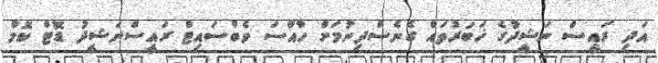
އަދި ރައީސް ނަޝީދުގެ ޚަބަރުތައް ގެނެސްދިނުމަށް ހާއްސަ ވެބްސައިޓް ރައީސްނަޝީދު ޑޮޓް ކޮމް